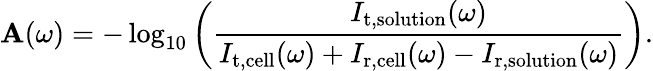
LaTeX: \mathbf{A}(\omega)=-\log_{10}\left(\frac{{I_{\mathrm{{t,solution}}}(\omega)}}{{I_{\mathrm{{t,cell}}}(\omega)+I_{\mathrm{{r,cell}}}(\omega)-I_{\mathrm{{r,solution}}}(\omega)}}\right).